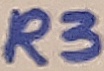
Text: R3